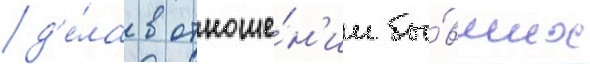
д'е́ла в отноше́н'ии бы́вших